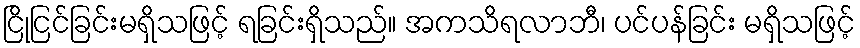
ငြိုငြင်ခြင်းမရှိသဖြင့် ရခြင်းရှိသည်။ အကသိရလာဘီ၊ ပင်ပန်ခြင်း မရှိသဖြင့်